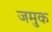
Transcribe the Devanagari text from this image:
जमुक